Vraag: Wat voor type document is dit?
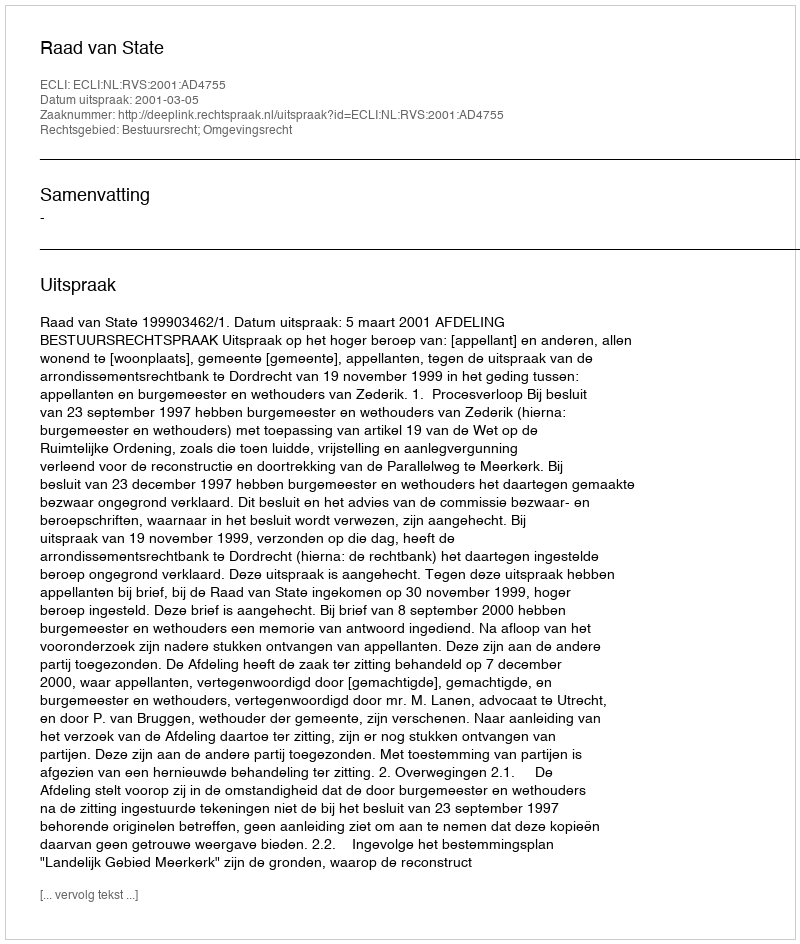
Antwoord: Uitspraak